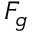
F _ { g }